Civil Veterinary Department Bihar & Orissa reports 1929-36 - 1929-1936
Year: 1929
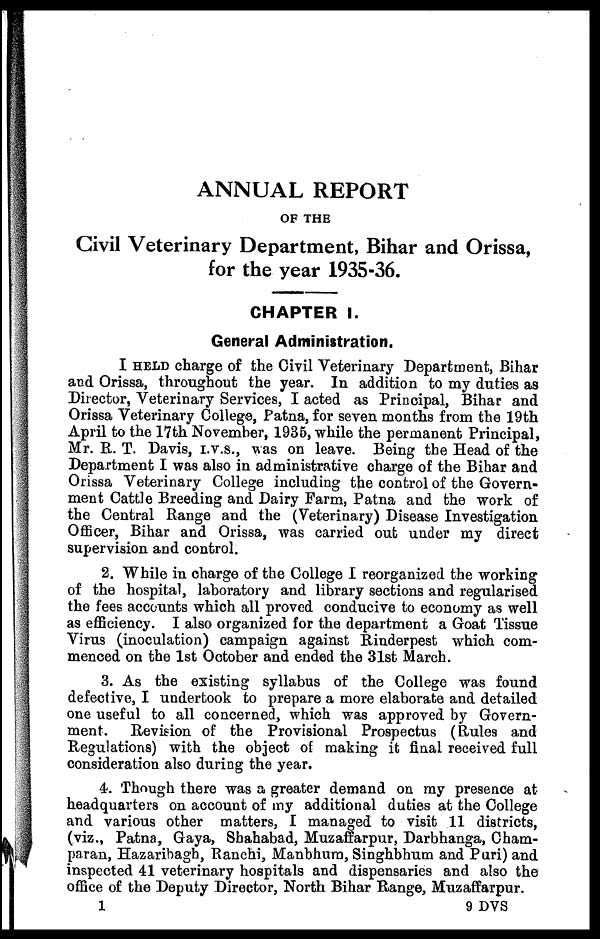
ANNUAL REPORT
OF THE
Civil Veterinary Department, Bihar and Orissa,
for the year 1935-36.
CHAPTER I.
General Administration.
I HELD charge of the Civil Veterinary Department, Bihar
and Orissa, throughout the year. In addition to my duties as
Director, Veterinary Services, I acted as Principal, Bihar and
Orissa Veterinary College, Patna, for seven months from the 19th
April to the 17th November, 1935, while the permanent Principal,
Mr. R. T. Davis, I.V.S., was on leave. Being the Head of the
Department I was also in administrative charge of the Bihar and
Orissa Veterinary College including the control of the Govern-
ment Cattle Breeding and Dairy Farm, Patna and the work of
the Central Range and the (Veterinary) Disease Investigation
Officer, Bihar and Orissa, was carried out under my direct
supervision and control.
2. While in charge of the College I reorganized the working
of the hospital, laboratory and library sections and regularised
the fees accounts which all proved conducive to economy as well
as efficiency. I also organized for the department a Goat Tissue
Virus (inoculation) campaign against Rinderpest which com-
menced on the 1st October and ended the 31st March.
3. As the existing syllabus of the College was found
defective, I undertook to prepare a more elaborate and detailed
one useful to all concerned, which was approved by Govern-
ment. Revision of the Provisional Prospectus (Rules and
Regulations) with the object of making it final received full
consideration also during the year.
4. Though there was a greater demand on my presence at
headquarters on account of my additional duties at the College
and various other matters, I managed to visit 11 districts,
(viz., Patna, Gaya, Shahabad, Muzaffarpur, Darbhanga, Cham-
paran, Hazaribagh, Ranchi, Manbhum, Singhbhum and Puri) and
inspected 41 veterinary hospitals and dispensaries and also the
office of the Deputy Director, North Bihar Range, Muzaffarpur.
1
9 DVS